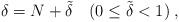
LaTeX: \begin{align*}\delta=N+\tilde{\delta}\quad (0\le\tilde{\delta}<1)\;,\end{align*}